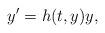
LaTeX: \begin{align*}y'=h(t,y)y,\end{align*}